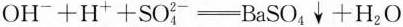
OH_{-}+H_{+}+SO^{2-}